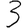
Digit: 3